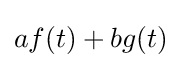
af(t)+bg(t)\